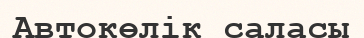
Автокөлік саласы